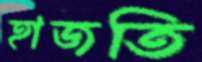
হাজতি